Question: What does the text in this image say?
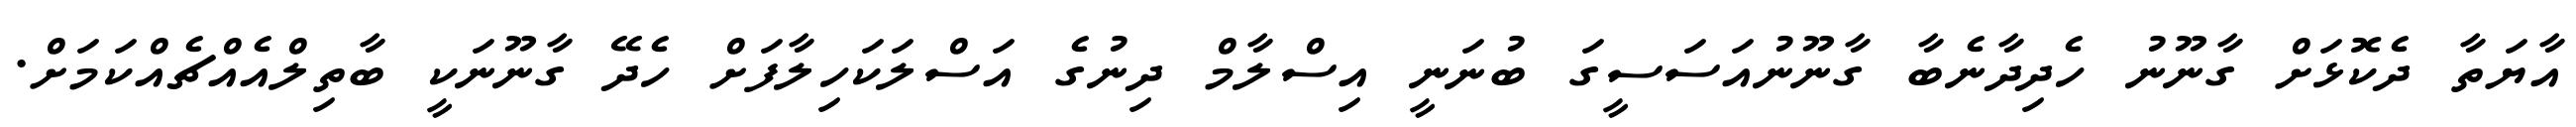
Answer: އާޔަތާ ދެކޮޅަށް ގާނޫނު ހެދިދާނެބާ ގާނޫނުއަސަސީގަ ބުނަނީ އިސްލާމް ދިނުގެ އަސްލަކަހިލާފަށް ހެދޭ ގާނޫނަކީ ބާތިލްއެއްޗެއްކަމަށް.